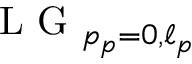
\mathrm { ~ L ~ G ~ } _ { p _ { p } = 0 , \ell _ { p } }